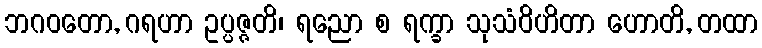
ဘဂဝတော, ဂရဟာ ဥပ္ပဇ္ဇတိ၊ ရညော စ ရက္ခာ သုသံဝိဟိတာ ဟောတိ, တထာ